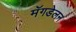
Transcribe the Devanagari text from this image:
मॅगडेलन